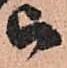
被